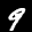
Label: 9